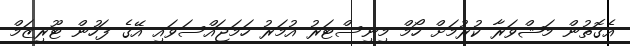
އެގޮތުން މަޝްވަރާ ކުރުމަށް ހޯމް މިނިސްޓަރު އުމަރު ހަމަޖައްސަވައި އޭގެ ފަހުން ޓޫރިޒަމް